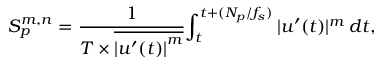
S _ { p } ^ { m , n } = \frac { 1 } { T \times \overline { { { \vert u ^ { \prime } ( t ) \vert } ^ { m } } } } { \int _ { t } ^ { t + ( N _ { p } / f _ { s } ) } | u ^ { \prime } ( t ) | ^ { m } \, d t } ,